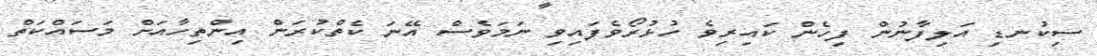
ސިކުނޑި އަލިފާނުން ފިހެން ކައިރިވެ ހުޅުރޯވެފައިވި ނަމަވެސް އޭނަ ކެތްކުރަން އިންތިހާއަށް މަސައްކަތް